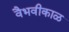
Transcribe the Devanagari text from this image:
वैभवीकाळ